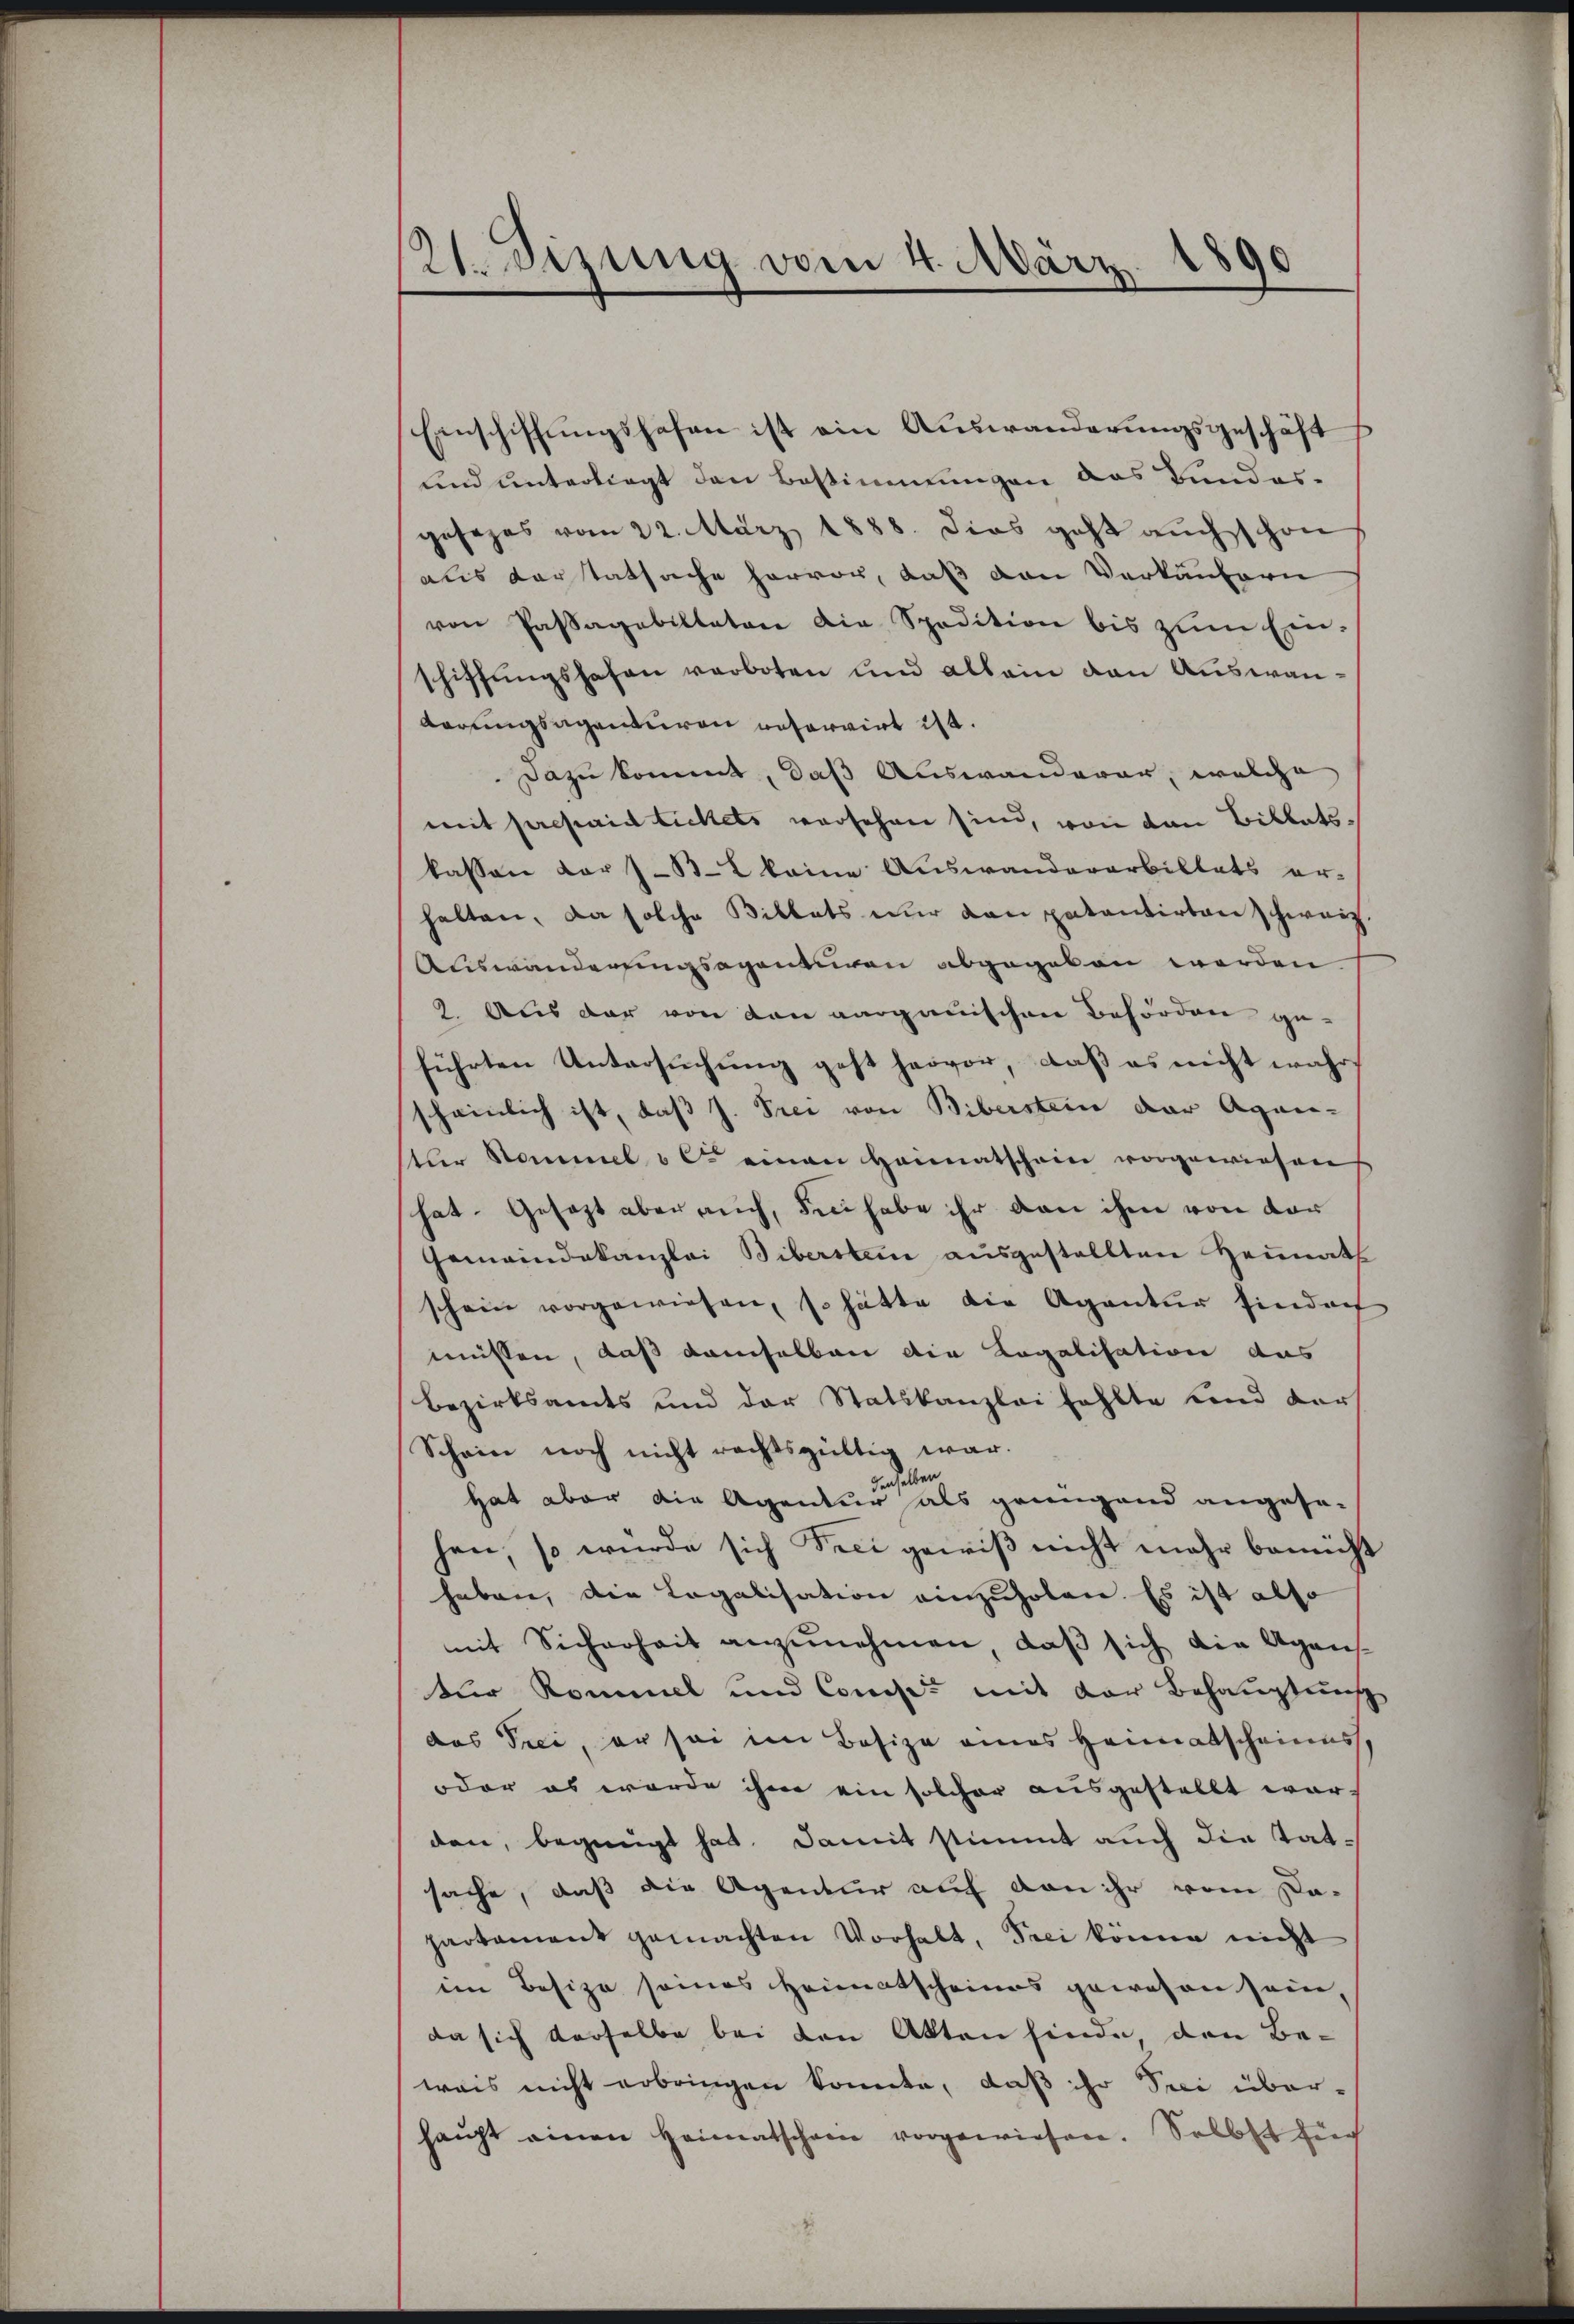
131. Dizung vom 4. März 1890

Einschiffungshofen ist ein Auswanderungsgeschäft
und unterliegt den Bestimmungen das Bundes-
gesezes vom 22. März 1888. dies geht auch schon
als Vertatsache hervor, daß den Verkäufern
von Passagebillator die Spedition bis zŭm Ein-
schiffungshafen verboten und allein den Auswan¬
Karungsagenturen reservirt ist.
Dazu kommt, daß Auswanderar, welche
mit propaidlichets versehen sind, von den Billets,
kassen vor 782 keine Auswanderarbiltets er-
halten, da solche Billets nur dan patentirten schweiz.
Auswandersingsagenturen abgegeben werden.
9. Aus der von den aargauischen Behörden ge-
führten Untersuchung geht hervor, daß es nicht wahr
scheinlich ist, daß J. Prei von Biberstein der Agan-
ter Sommel u C. einen Heimatschein vorgewiesen
hat-Gesezt aber auch, den habe ihr von ihm von der
Gemeindekanzlei Biberstein ausgestellten Heimath
schein vorgewiesen, so hätte die Agentur eindach
müssen, daß demselben die Legalisation das
bezirksamts und der Statskanzlei fehlte und der
Schein noch nicht rechtsgültig war.
denselben
Hat aber die Agentur als geringend angesa-
hen, so wurde sich Frei gewiß nicht mehr bemüht
haben, die Legalisation einzuholen. Es ist also
mit Sicherheit anzunehmen, daß sich die Agans-
tur Rommel und Consi- mit der Behauptung
das Peci, er sei im Besize eines Heimatscheines,
oder es werde ihme ein solcher ausgestellt wor-
den, begnügt hat. Damit stimmt auch die tatsache, daß die Agentur auf von ihr vom Dapartament gemachten Vorhalt, Frei könne nicht
im Besize seines Heimatscheines gewesen sein,
da sich derselbe bei den Akten finde, den Be-
wais nicht erbringen konnte, daß ihr Sei über-
haupt einen Heimatschanne vorgewiesen. Selbst für